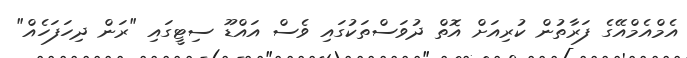
އެމްއެމްއޭގެ ފަރާތުން ކުރިއަށް އޮތް ދުވަސްތަކުގައި ވެސް އައްޑޫ ސިޓީގައި "ރަން ދިހަފަހެއް"